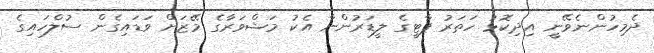
ދެމިހުންނެވޭނީ އިދިކޮޅު ހަތަރު ޕާޓީގެ ލީޑަރުންނާ އެކު މަޝްވަރާގެ މޭޒަށް ވަޑައިގެން ސުލްހައިގެ